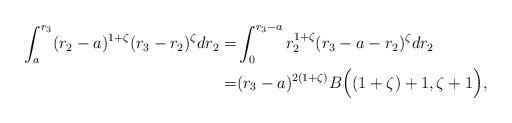
LaTeX: \begin{align*}\int_a^{r_3} (r_2-a)^{1+\zeta}(r_3-r_2)^\zeta dr_2= & \int_0^{r_3-a} r_2^{1+\zeta}(r_3-a-r_2)^\zeta dr_2\\=& (r_3-a)^{2(1+\zeta)}B\Big((1+\zeta)+1, \zeta+1\Big),\end{align*}